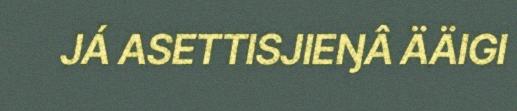
JÁ ASETTISJIEŊÂ ÄÄIGI